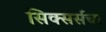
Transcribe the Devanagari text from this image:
सिक्सर्सचा